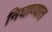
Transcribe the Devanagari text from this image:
निघाव्यात